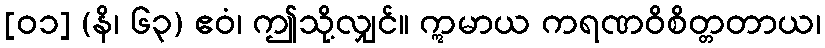
[၀၁] (နိ၊ ၆၃) ဧဝံ၊ ဤသို့လျှင်။ ဣမာယ ကရဏဝိစိတ္တတာယ၊